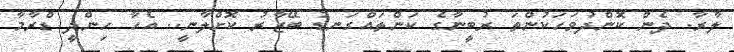
ލާރާ. ދެން ކޮންދުވަހަކުންތަ ރުބީނާގެ ކަންތައްގަނޑު ބޭޒާރު ކޮށްލާނީ.. އެހާ ހިންދީ ޑްރާމާ